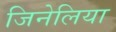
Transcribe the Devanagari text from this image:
जिनेलिया